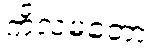
ကိလမတော